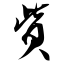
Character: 赀